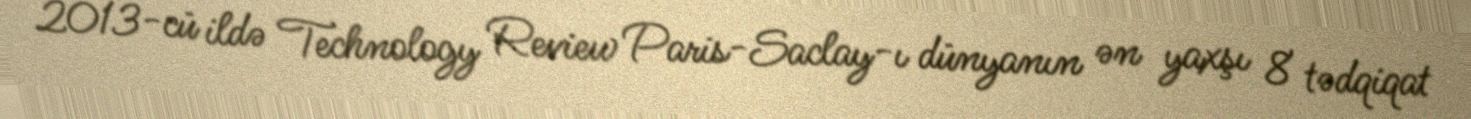
2013-cü ildə Technology Review Paris-Saclay-ı dünyanın ən yaxşı 8 tədqiqat